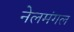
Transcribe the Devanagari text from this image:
नेलमंगल